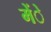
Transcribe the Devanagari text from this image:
मेंे